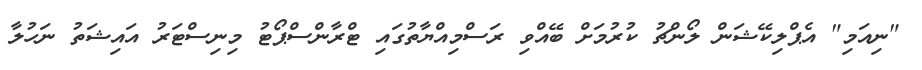
"ނިއަމި" އެޕްލިކޭޝަން ލޯންޗު ކުރުމަށް ބޭއްވި ރަސްމިއްޔާތުގައި ޓްރާންސްޕޯޓު މިނިސްޓަރު އައިޝަތު ނަހުލާ